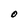
Character: O